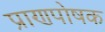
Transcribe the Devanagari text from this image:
प्राणपोषक